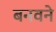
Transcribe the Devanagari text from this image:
बनवने